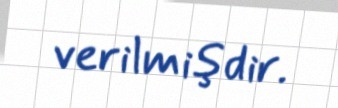
verilmişdir.